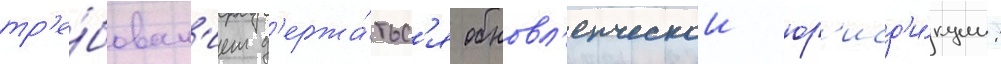
тр'е́бован'ием д'ержа́тьс'я обновл'енческои юр'исд'и́кции: